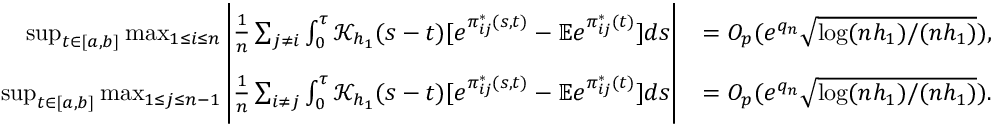
\begin{array} { r l } { \operatorname* { s u p } _ { t \in [ a , b ] } \operatorname* { m a x } _ { 1 \le i \le n } \bigg | \frac { 1 } { n } \sum _ { j \neq i } \int _ { 0 } ^ { \tau } \mathcal { K } _ { h _ { 1 } } ( s - t ) [ e ^ { \pi _ { i j } ^ { * } ( s , t ) } - \mathbb { E } e ^ { \pi _ { i j } ^ { * } ( t ) } ] d s \bigg | } & { = O _ { p } ( e ^ { q _ { n } } \sqrt { \log ( n h _ { 1 } ) / ( n h _ { 1 } ) } ) , } \\ { \operatorname* { s u p } _ { t \in [ a , b ] } \operatorname* { m a x } _ { 1 \le j \le n - 1 } \bigg | \frac { 1 } { n } \sum _ { i \neq j } \int _ { 0 } ^ { \tau } \mathcal { K } _ { h _ { 1 } } ( s - t ) [ e ^ { \pi _ { i j } ^ { * } ( s , t ) } - \mathbb { E } e ^ { \pi _ { i j } ^ { * } ( t ) } ] d s \bigg | } & { = O _ { p } ( e ^ { q _ { n } } \sqrt { \log ( n h _ { 1 } ) / ( n h _ { 1 } ) } ) . } \end{array}